Medical and sanitary report of the native army of Bengal for the year
Year: 1877
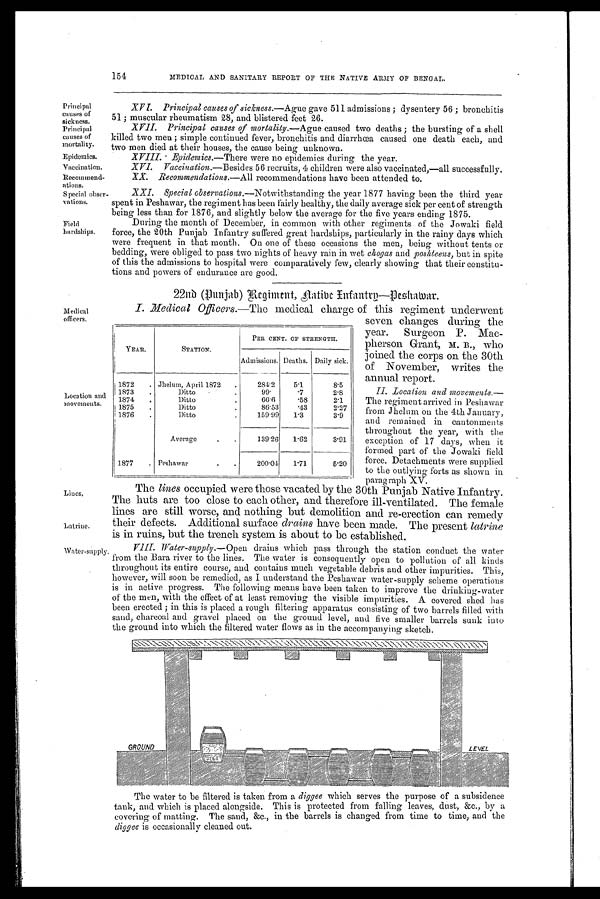
Principal
causes of
sickness.
Principal
causes of
mortality.
Epidemics.
Vaccination.
Recommend
-ations.
Special obser
-vations.
Field
hardships.
Medical
officers.
Location and
movements.
Lines.
Latrine.
Water-supply
154
MEDICAL AND SANITARY REPORT OF THE NATIVE ARMY OF BENGAL.
XVI. Principal causes of sickness.— Ague gave 511 admissions; dysentery 56; bronchitis
51; muscular rheumatism 28, and blistered fee
t 26.
XVII. Principal causes of mortality.— Ague caused two deaths; the bursting of a shell
killed two men; simple continued fever, bronchitis and diarrhœa caused one death each, and
two men died at their houses, the cause being unknown.
XVIII. Epidemics.— There were no epidemics during the year.
XVI. Vaccination.— Besides 56 recruits, 4 children were also vaccinated,—all successfully.
XX. Recommendations.— All recommendations have been attended to.
XXI. Special observations .—Notwithstanding the year 1877 having been the third year
spent in Peshawar, the regiment has been fairly healthy, the daily average sick per cent of strength
being less than for 1876, and slightly below the average for the five years ending 1875.
During the month of December, in common with other regiments of the Jowaki field
force, the 20th Punjab Infantry suffered great hardships, particularly in the rainy days which
were frequent in that month, On one of these occasions the men, being without tents or
bedding, were obliged to pass two nights of heavy rain in wet chogas and poshteens, but in spite
of this the admissions to hospital were comparatively few, clearly showing that their constitu
-tions and powers of endurance are good.
22nd (Punjab) Regiment, Aatibe Infantry—Deshawar .
I. Medical Officers.— The medical charge of this regiment underwent
seven changes during the
year. Surgeon P. Mac
-pherson Grant, M. B., who
joined the corps on the 30th
of November, writes the
annual report.
YEAR.
STATION.
PER CENT OF. STRENGTH.
Admissions. Deaths. Daily sick.
1872 . . . Jhelum, April 1872 . . .
284.2
5.1
8.5
1873 . . .
Ditto . . .
99.
.7
2.8
1874 . . .
Ditto . . .
6 6 . 6 .58
2.1
1875 . . .
Ditto . . .
86.53
.43
2.27
1876 . . .
Ditto . . .
159.99
1.3
3.9
Average . . .
139.26
1.62
3.91
1877 . . . Peshawar . . .
200.04
1.71
5.20
The lines occupied were those vacated by the 30th Punjab Native Infantry.
The huts are too close to each other, and therefore ill-ventilated. The female
lines are still worse, and nothing but demolition and re-erection can remedy
their defects. Additional surface drains have been made. The present latrine
is in ruins, but the trench system is about to be established.
VIII.Water-supply.— Open drains which pass through the station conduct the water
from the Bara river to the lines. The water is consequently open to pollution of all kinds
throughout its entire course, and contains much vegetable debris and other impurities. This,
however, will soon be remedied, as I understand the Peshawar water-supply scheme operations
is in active progress. The following means have been taken to improve the drinking-water
of the men, with the effect of at least removing the visible impurities. A covered shed has
been erected; in this is placed a rough filtering apparatus consisting of two barrels filled with
sand, charcoal and gravel placed on the ground level, and five smaller barrels sunk into
the ground into which the filtered water flows as in the accompanying sketch.
II. Location and movements.
— T h e r e g i m e n t a r r i v e d i n P e s h a w a r
from Jhelum on the 4th January,
and remained in cantonments
throughout the year, with the
exception of 17 days, when it
formed part of the Jowaki field
force. Detachments were supplied
to the outlying forts as shown in
p a r a g r a p h X V .
The water to be filtered is taken from a diggee which serves the purpose of a subsidence
tank, and which is placed alongside. This is protected from falling leaves, dust, &c., by a
covering of matting. The sand, &c., in the barrels is changed from time to time, and the
diggee is occasionally cleaned out.